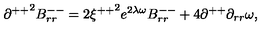
{ \partial ^ { + + } } ^ { 2 } B _ { r r } ^ { -- } = 2 { \xi ^ { + + } } ^ { 2 } e ^ { 2 \lambda \omega } B _ { r r } ^ { -- } + 4 \partial ^ { + + } \partial _ { r r } \omega ,